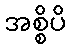
အစ္စိပိ